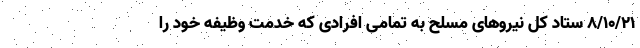
۸/۱۰/۲۱ ستاد کل نیروهای مسلح به تمامی افرادی که خدمت وظیفه خود را